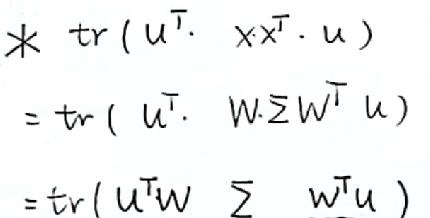
\begin{align*}
&\ast\ tr(u^{\top}\cdot xx^{\top}\cdot u)\\
=&tr(u^{\top}\cdot W\Sigma W^{\top}u)\\
=&tr(u^{\top}W\ \Sigma\ W^{\top}u)
\end{align*}